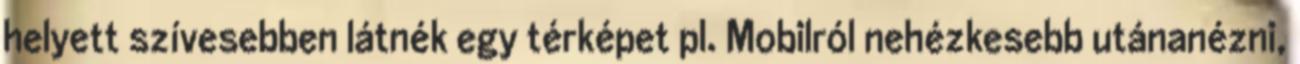
helyett szívesebben látnék egy térképet pl. Mobilról nehézkesebb utánanézni,